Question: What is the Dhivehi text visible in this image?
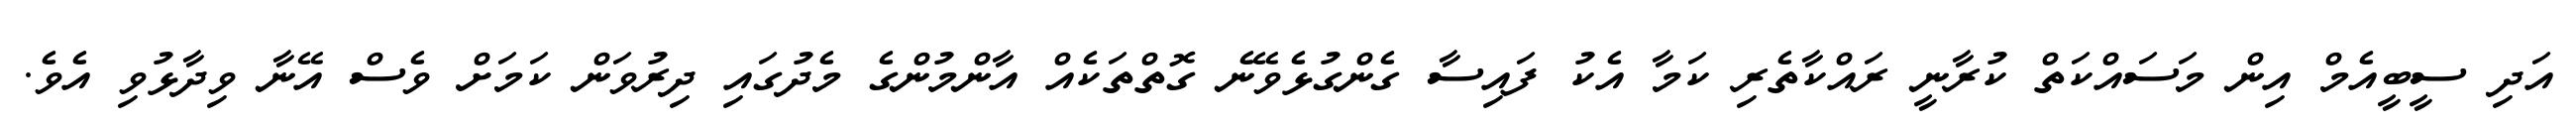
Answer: އަދި ސީބީއެމް އިން މަސައްކަތް ކުރާނީ ރައްކާތެރި ކަމާ އެކު ފައިސާ ގެންގުޅެވޭނެ ގޮތްތަކެއް އާންމުންގެ މެދުގައި ދިރުވަން ކަމަށް ވެސް އޭނާ ވިދާޅުވި އެވެ.